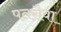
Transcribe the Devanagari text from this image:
पतरौवा